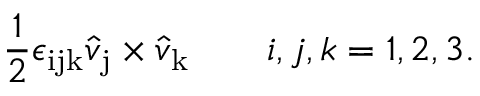
{ \frac { 1 } { 2 } } \epsilon _ { \mathrm { i j k } } \hat { v } _ { \mathrm { j } } \times \hat { v } _ { \mathrm { k } } \qquad i , j , k = 1 , 2 , 3 .